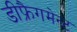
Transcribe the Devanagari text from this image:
डीफ्रैगमेन्ट